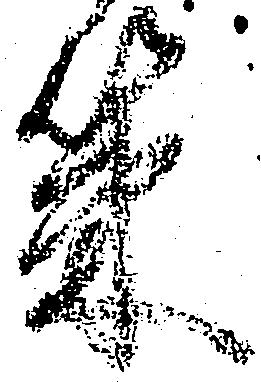
策